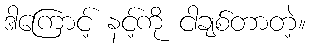
ဒါကြောင့် နင့်ကို ငါချစ်တာတဲ့။